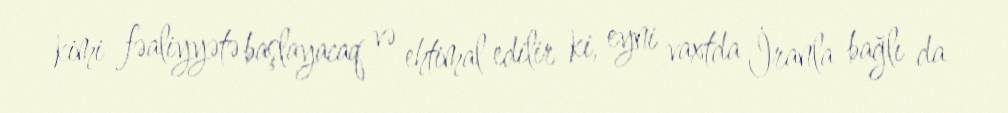
kimi fəaliyyətə başlayacaq və ehtimal edilir ki, eyni vaxtda İranla bağlı da